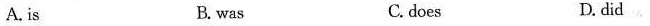
A. is B. was C. does D. did